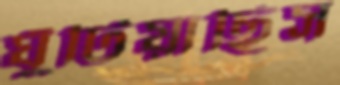
ঘুঁটিয়াছিস